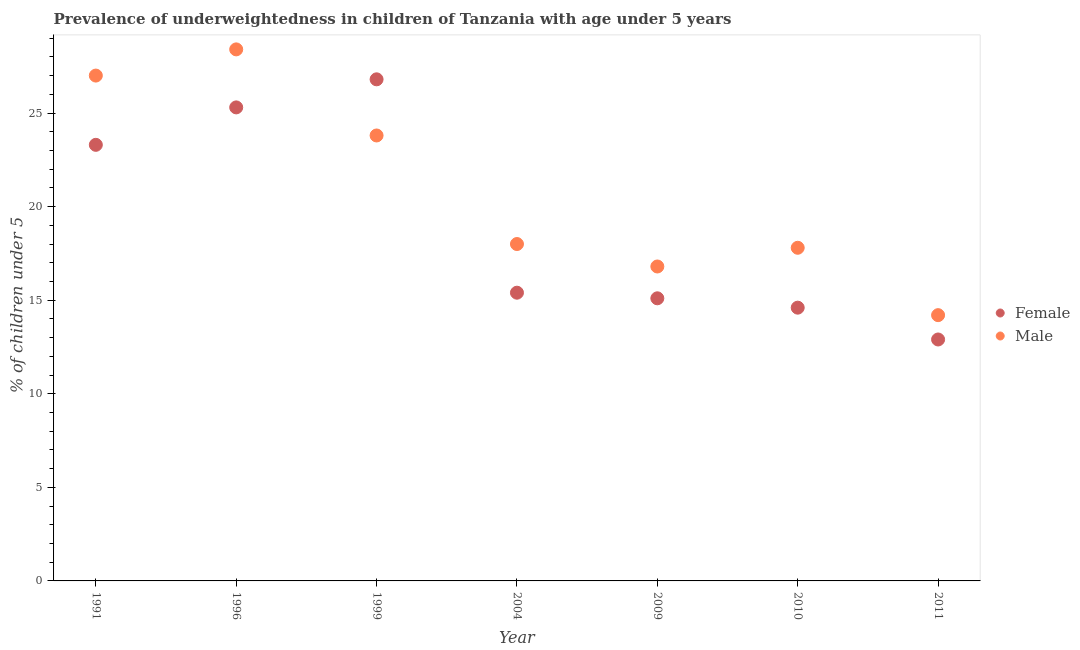
| Year | Female | Male |
 | --- | --- | --- |
 | 1991 | 23.3 | 27 |
 | 1996 | 25.3 | 28.4 |
 | 1999 | 26.8 | 23.8 |
 | 2004 | 15.4 | 18 |
 | 2009 | 15.1 | 16.8 |
 | 2010 | 14.6 | 17.8 |
 | 2011 | 12.9 | 14.2 |